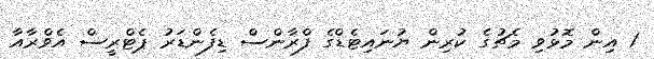
1 އިން މޮޅުވި މެޗުގެ ކުރިން ޔުނައިޓެޑްގެ ފްރާންސް ޑިފެންޑަރު ޕެޓްރީސް އެވްރާއާ